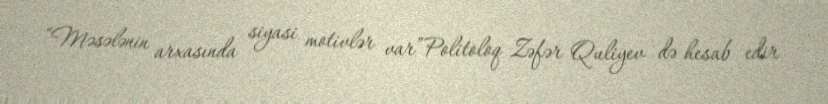
“Məsələnin arxasında siyasi motivlər var”Politoloq Zəfər Quliyev də hesab edir